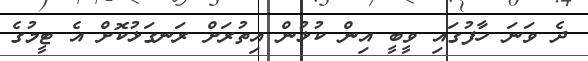
ދެ ވަނަ ހާފުގައި ވީބީ އިން ކުޅުން އިތުރަށް ރަނގަޅުކޮށް އެ ޓީމުގެ